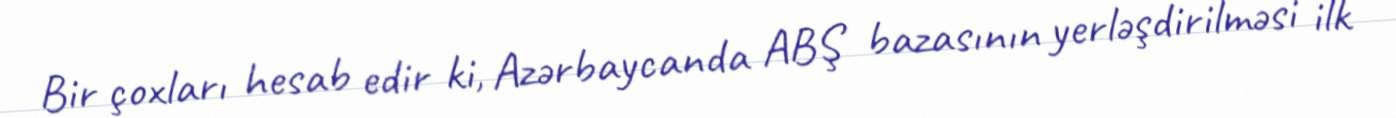
Bir çoxları hesab edir ki, Azərbaycanda ABŞ bazasının yerləşdirilməsi ilk